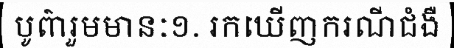
បូព៌ារួមមានៈ១. រកឃើញករណីជំងឺ